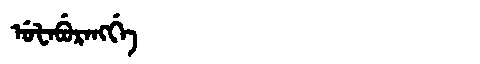
Manchu: ᡠᡶᠠᠪᡠᡵᠠᠩᡤᡝ
Romanization: UFABURANGGE